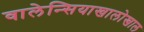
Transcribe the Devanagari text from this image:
वालेन्सियाखालोखाल